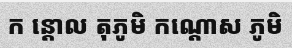
ក ន្តោល តុភូមិ កណ្តោស ភូមិ